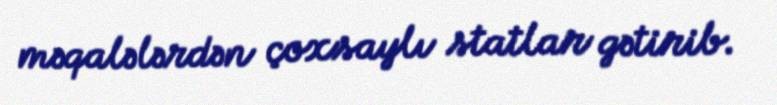
məqalələrdən çoxsaylı statlar gətirib.